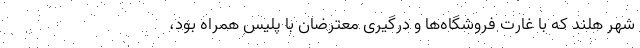
شهر هلند که با غارت فروشگاه‌ها و درگیری معترضان با پلیس همراه بود،